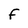
Character: F